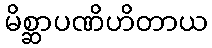
မိစ္ဆာပဏိဟိတာယ